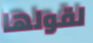
لقولها